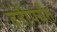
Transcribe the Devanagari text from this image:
दरीपर्यंत